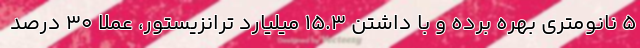
۵ نانومتری بهره برده و با داشتن 15.3 میلیارد ترانزیستور، عملا 30 درصد